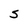
Character: s